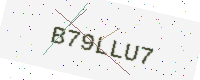
Text: B79LLU7